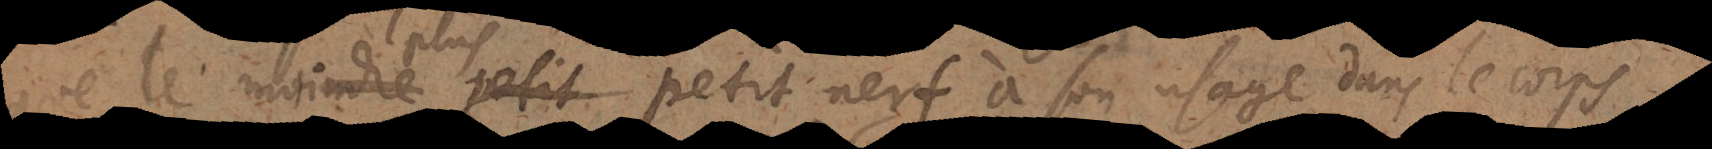
que le moindre petit nerf a son usage dans le corps,